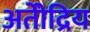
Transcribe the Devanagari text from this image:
अतीेंद्रिय